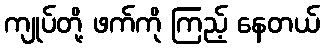
ကျုပ်တို့ ဖက်ကို ကြည့် နေတယ်